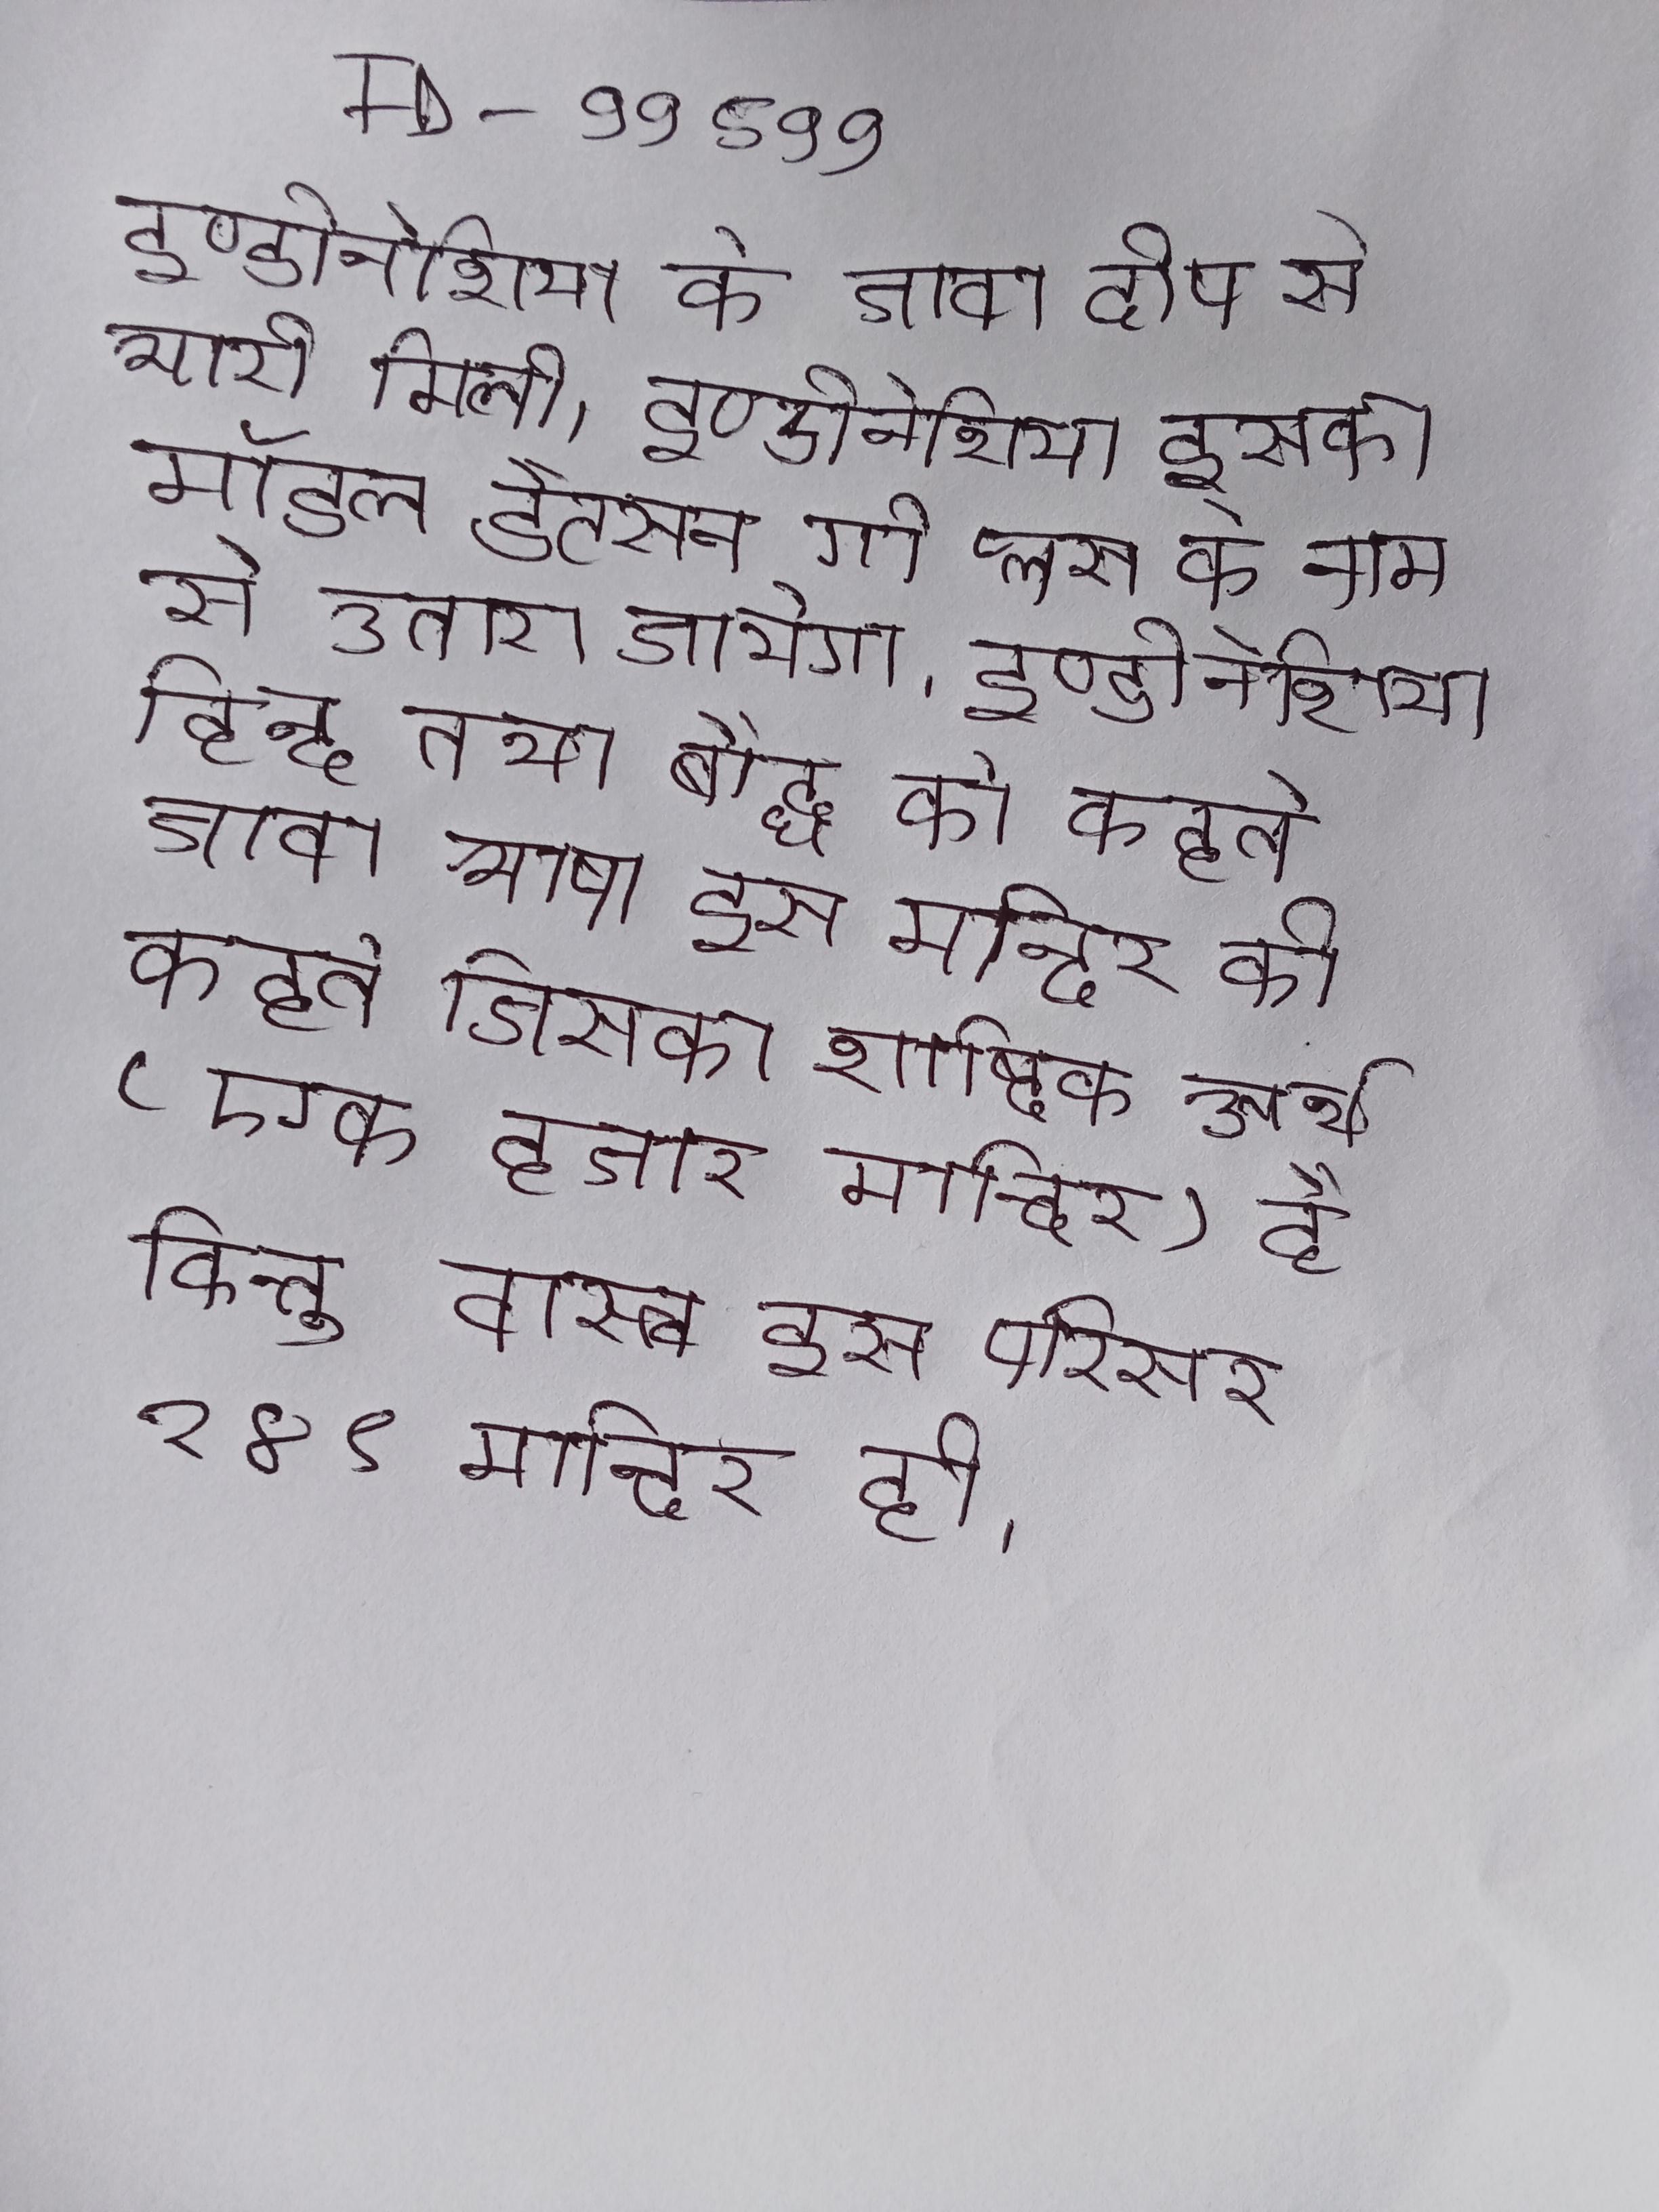
इण्डोनेशिया के जावा द्वीप से भारी मिली । इण्डोनेशिया इसका मॉडल डैटसन गो प्लस के नाम से उतारा जायेगा । इण्डोनेशिया हिन्दू तथा बौद्ध को कहते जावा भाषा इस मन्दिर को कहते जिसका शाब्दिक अर्थ (एक हजार मन्दिर) है किन्तु वास्त्व इस परिसर २४९ मन्दिर ही ।